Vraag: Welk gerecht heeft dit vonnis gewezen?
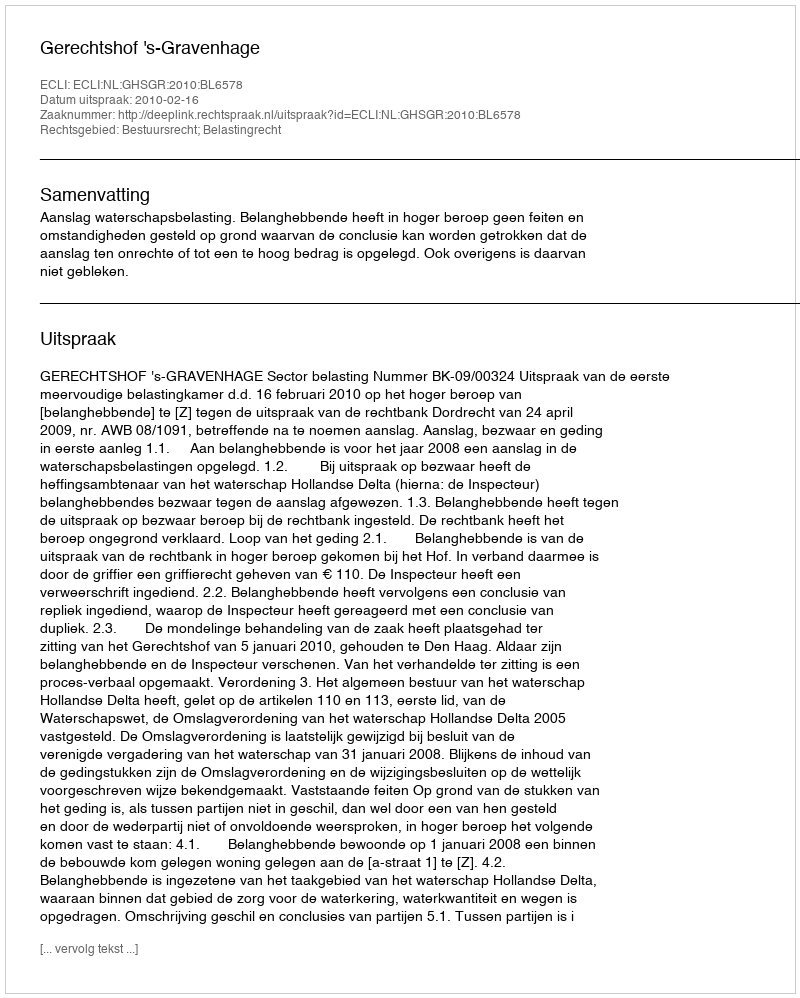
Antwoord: Gerechtshof 's-Gravenhage